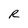
Character: R